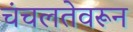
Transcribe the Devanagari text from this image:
चंचलतेवरून